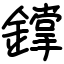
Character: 鐣